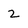
Character: 2